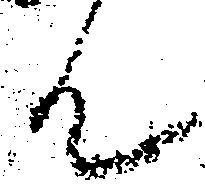
ん